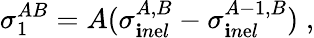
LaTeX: \sigma_{1}^{AB}=A(\sigma_{\mathbf{i}n\mathrm{e}l}^{A,B}-\sigma_{\mathbf{i}n\mathrm{e}l}^{A-1,B})\; ,